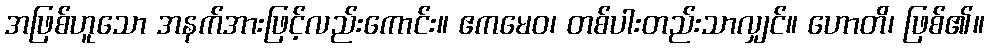
အဖြစ်ဟူသော အနက်အားဖြင့်လည်းကောင်း။ ဧကမေဝ၊ တစ်ပါးတည်းသာလျှင်။ ဟောတိ၊ ဖြစ်၏။